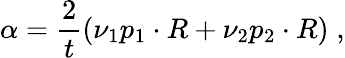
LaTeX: \alpha=\frac{2}{t}(\nu_{1}p_{1}\cdot R+\nu_{2}p_{2}\cdot R)\; ,